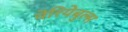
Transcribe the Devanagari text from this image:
वेरियेबुल्स